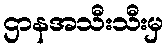
ဌာနအသီးသီးမှ